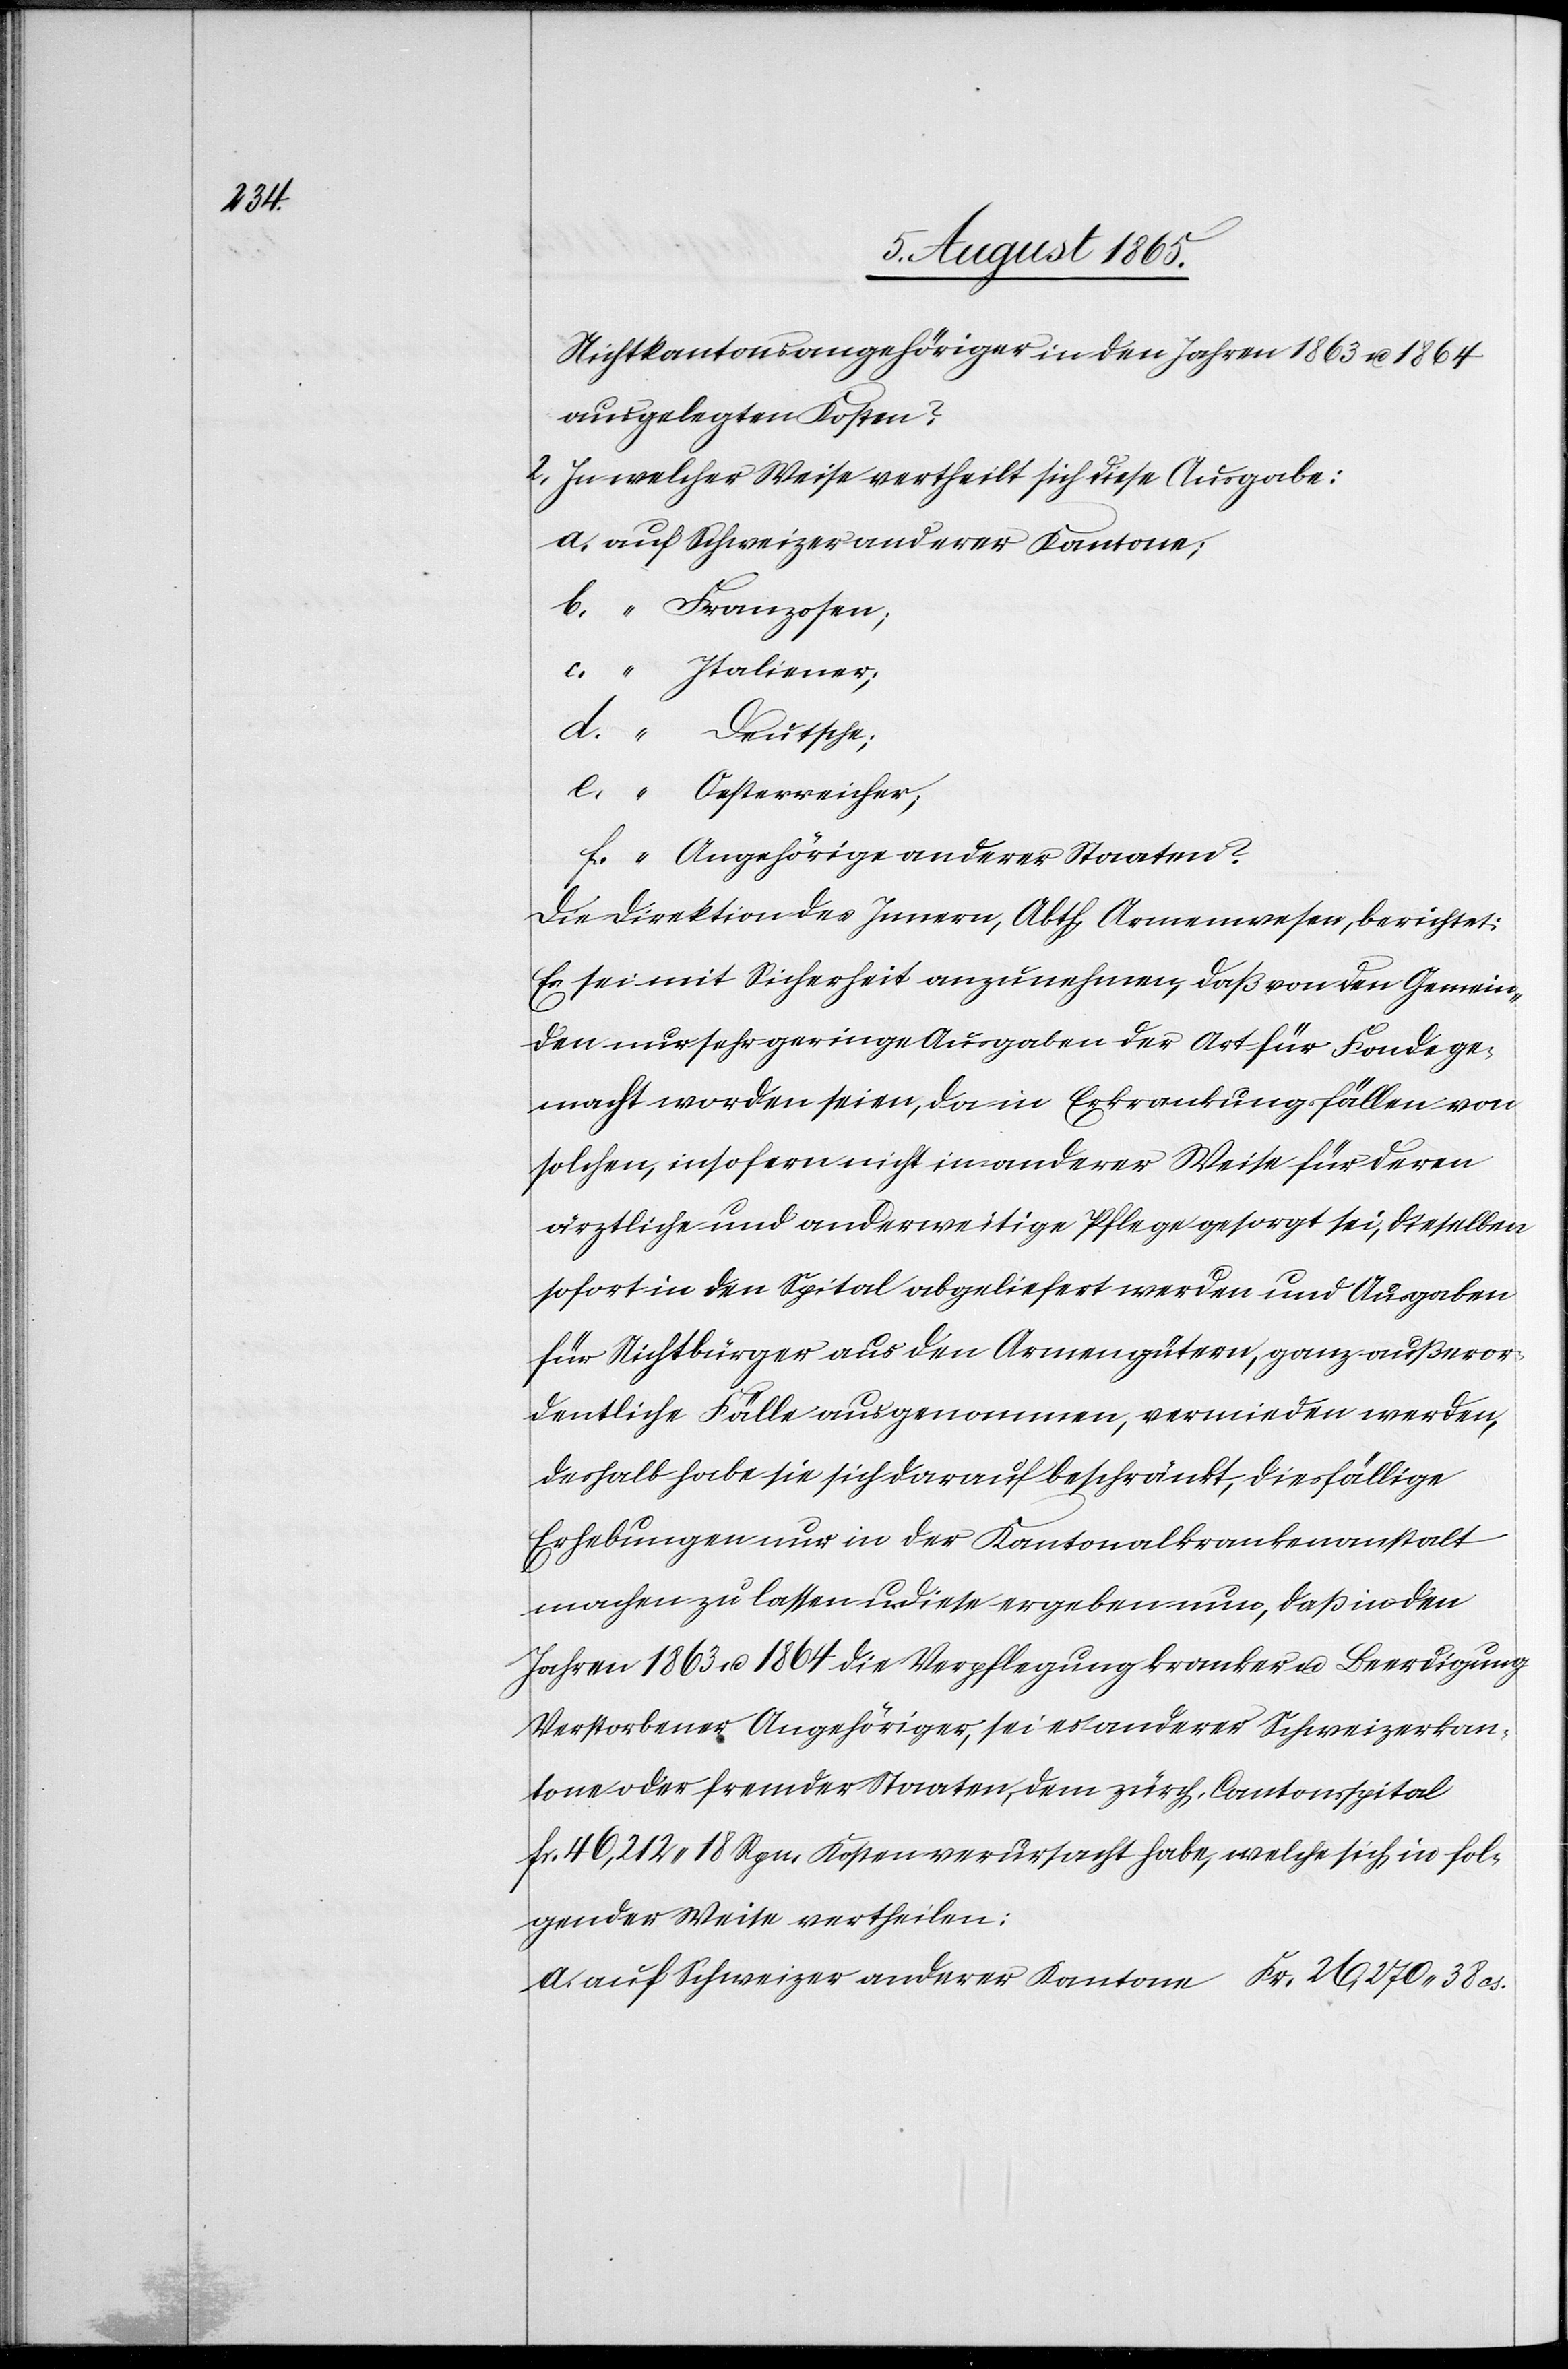
38

Nichtkantonsangehöriger in den Jahren 1863 u. 1864
ausgelegten Kosten?
2. In welcher Weise vertheilt sich diese Ausgabe:
auf Schweizer anderer Kantone
b. “ Franzosen;
c. “ Italiener;
d. “ Deutsche;
e. “ Oesterreicher;
f. “ Angehörige anderer Staaten?
Die Direktion des Innern, Abth. Armenwesen, berichtet:
Es sei mit Sicherheit anzunehmen, daß von den Gemein¬
den nur sehr geringe Ausgaben der Art für Fonde ge¬
macht worden seien, da in Erkrankungsfällen von
solchen, insofern nicht in anderer Weise für deren
ärztliche und anderweitige Pflege gesorgt sei, dieselben
sofort in den Spital abgeliefert werden und Ausgaben
für Nichtbürger aus den Armengütern, ganz außeror¬
dentliche Fälle ausgenommen, vermieden werden,
deshalb habe sie sich darauf beschränkt, diesfällige
Erhebungen nur in der Kantonalkrankenanstalt
machen zu lassen u. diese ergeben nun, daß in den
Jahren 1863 u. 1864 die Verpflegung kranker u. Beerdigung
Verstorbener Angehöriger, sei es anderer Schweizerkan¬
tone oder fremder Staaten, dem zürch. Cantonsspital
fr. 46,212.18 Rpn. Kosten verursacht habe, welche sich in fol¬
gender Weise vertheilen: